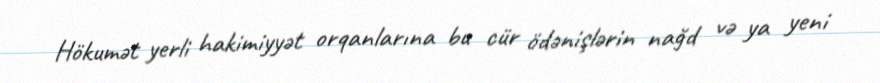
Hökumət yerli hakimiyyət orqanlarına bu cür ödənişlərin nağd və ya yeni